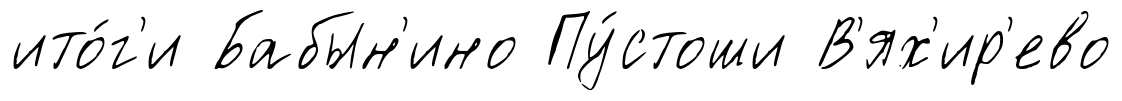
ито́г'и Бабын'ино Пу́стоши В'ях'ир'ево